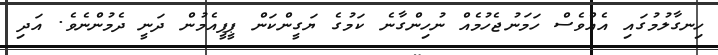
ހިނގާލުމުގައި އެއްވެސް ހަމަނުޖެހުމެއް ނުހިންގާނެ ކަމުގެ ޔަގީންކަން ޕީޕީއެމުން ދަނީ ދެމުންނެވެ. އަދި